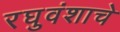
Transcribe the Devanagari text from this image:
रघुवंशाचे